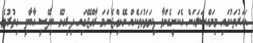
އަހަރުތަކުގައި މިމައްސަލައަށް އެކަށީގެންވާ ފިޔަވަޅުތަކެއް ނޭޅިއްޖެނަމަ ރާއްޖޭގައި ދިރިއުޅޭ ބިދޭސީ އާބާދީ އިތުރުވެ